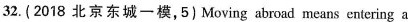
32. (2018 北京东城一模,5) Moving abroad means entering a